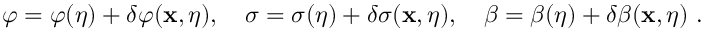
\varphi = \varphi ( \eta ) + \delta \varphi ( { \bf x } , \eta ) , ~ ~ ~ \sigma = \sigma ( \eta ) + \delta \sigma ( { \bf x } , \eta ) , ~ ~ ~ \beta = \beta ( \eta ) + \delta \beta ( { \bf x } , \eta ) \ .